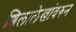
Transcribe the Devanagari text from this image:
शिलालेखांवरुन